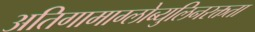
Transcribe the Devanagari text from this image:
अतिगामाग्लोब्युलिनरक्तता